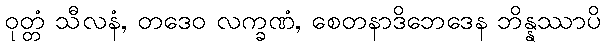
ဝုတ္တံ သီလနံ, တဒေဝ လက္ခဏံ, စေတနာဒိဘေဒေန ဘိန္နဿာပိ